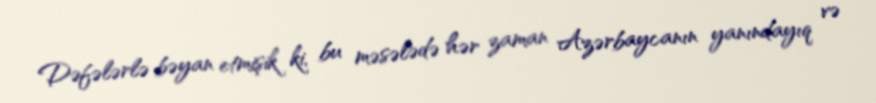
Dəfələrlə bəyan etmişik ki, bu məsələdə hər zaman Azərbaycanın yanındayıq və